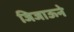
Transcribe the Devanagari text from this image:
जिजाऊने